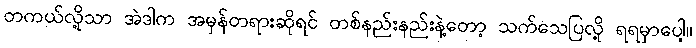
တကယ်လို့သာ အဲဒါက အမှန်တရားဆိုရင် တစ်နည်းနည်းနဲ့တော့ သက်သေပြလို့ ရရမှာပေါ့။